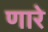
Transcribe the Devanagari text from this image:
णारे